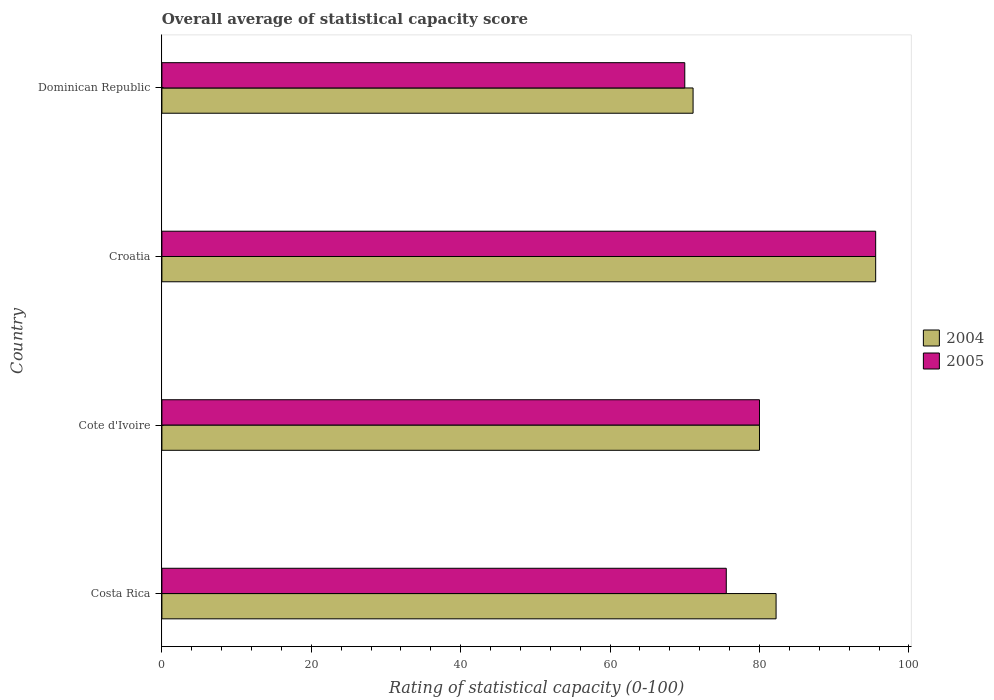
| Country | 2004 | 2005 |
 | --- | --- | --- |
 | Costa Rica | 82.2 | 75.6 |
 | Cote d'Ivoire | 80 | 80 |
 | Croatia | 95.6 | 95.6 |
 | Dominican Republic | 71.1 | 70 |